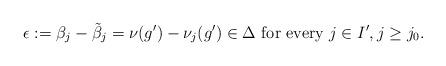
LaTeX: \begin{align*}\epsilon:=\beta_j-\tilde{\beta}_j=\nu(g')-\nu_j(g')\in \Delta\mbox{ for every }j\in I', j\geq j_0.\end{align*}